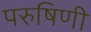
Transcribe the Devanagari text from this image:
परुषिणी